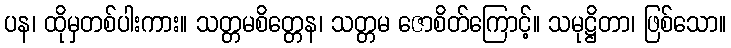
ပန၊ ထိုမှတစ်ပါးကား။ သတ္တမစိတ္တေန၊ သတ္တမ ဇောစိတ်ကြောင့်။ သမုဋ္ဌိတာ၊ ဖြစ်သော။